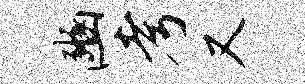
豳考又